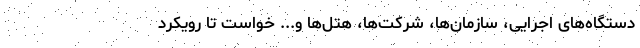
دستگاه‌های اجرایی، سازمان‌ها، شرکت‌ها، هتل‌ها و... خواست تا رویکرد